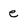
Character: e